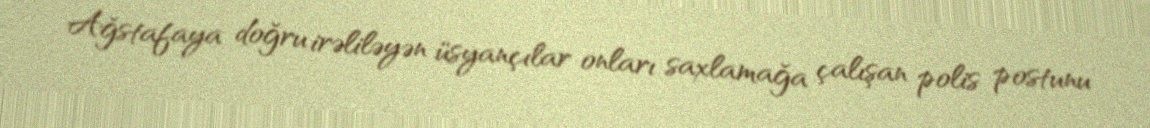
Ağstafaya doğru irəliləyən üsyançılar onları saxlamağa çalışan polis postunu